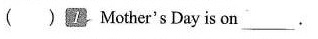
Mother's Day is on